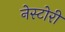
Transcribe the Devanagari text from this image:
नेस्टोरी